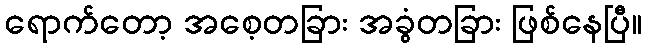
ရောက်တော့ အစေ့တခြား အခွံတခြား ဖြစ်နေပြီ။